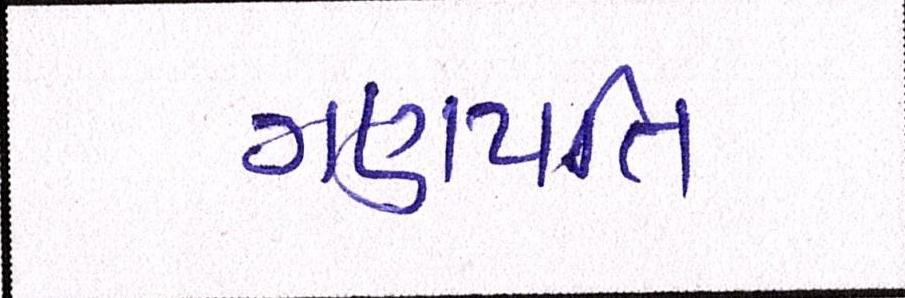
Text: ગણપતિ